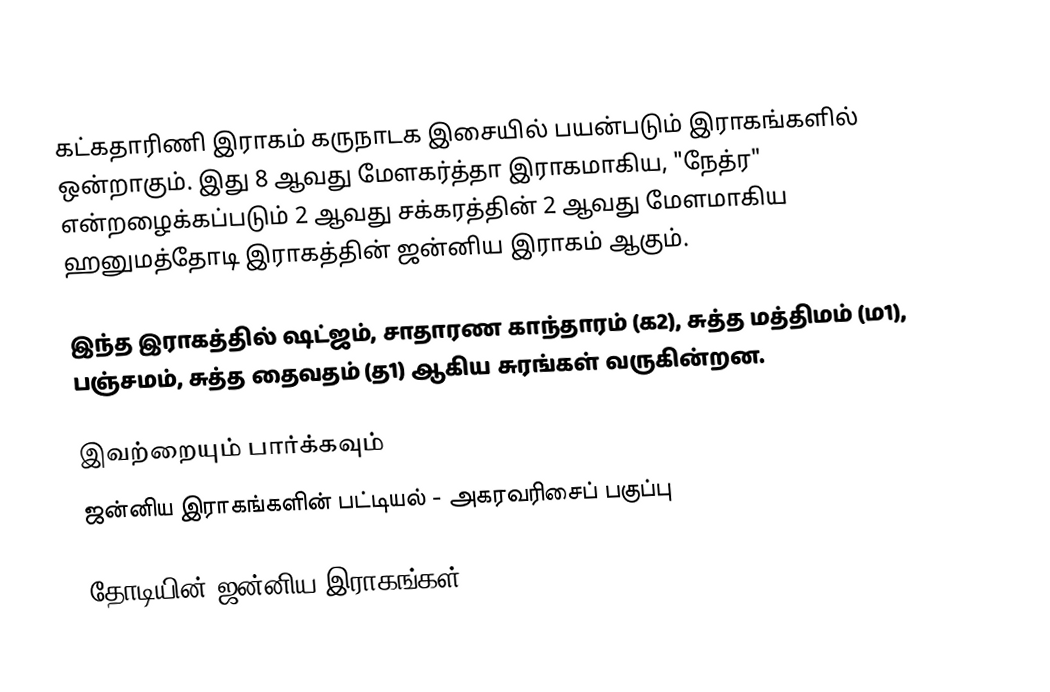
கட்கதாரிணி இராகம் கருநாடக இசையில் பயன்படும் இராகங்களில் ஒன்றாகும். இது 8 ஆவது மேளகர்த்தா இராகமாகிய, "நேத்ர" என்றழைக்கப்படும் 2 ஆவது சக்கரத்தின் 2 ஆவது மேளமாகிய ஹனுமத்தோடி இராகத்தின் ஜன்னிய இராகம் ஆகும்.

இந்த இராகத்தில் ஷட்ஜம், சாதாரண காந்தாரம் (க2), சுத்த மத்திமம் (ம1), பஞ்சமம், சுத்த தைவதம் (த1) ஆகிய சுரங்கள் வருகின்றன.

இவற்றையும் பார்க்கவும்
 ஜன்னிய இராகங்களின் பட்டியல் - அகரவரிசைப் பகுப்பு

தோடியின் ஜன்னிய இராகங்கள்